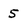
Character: 5